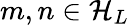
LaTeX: m,n\in{\mathcal{H}}_{L}